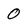
Character: 0